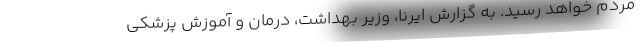
مردم خواهد رسید. به گزارش ایرنا، وزیر بهداشت، درمان و آموزش پزشکی